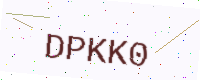
Text: DPKK0